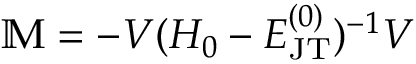
\mathbb { M } = - V ( H _ { 0 } - E _ { \mathrm { J T } } ^ { ( 0 ) } ) ^ { - 1 } V